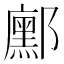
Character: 𮠒